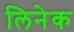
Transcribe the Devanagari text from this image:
लिनेक